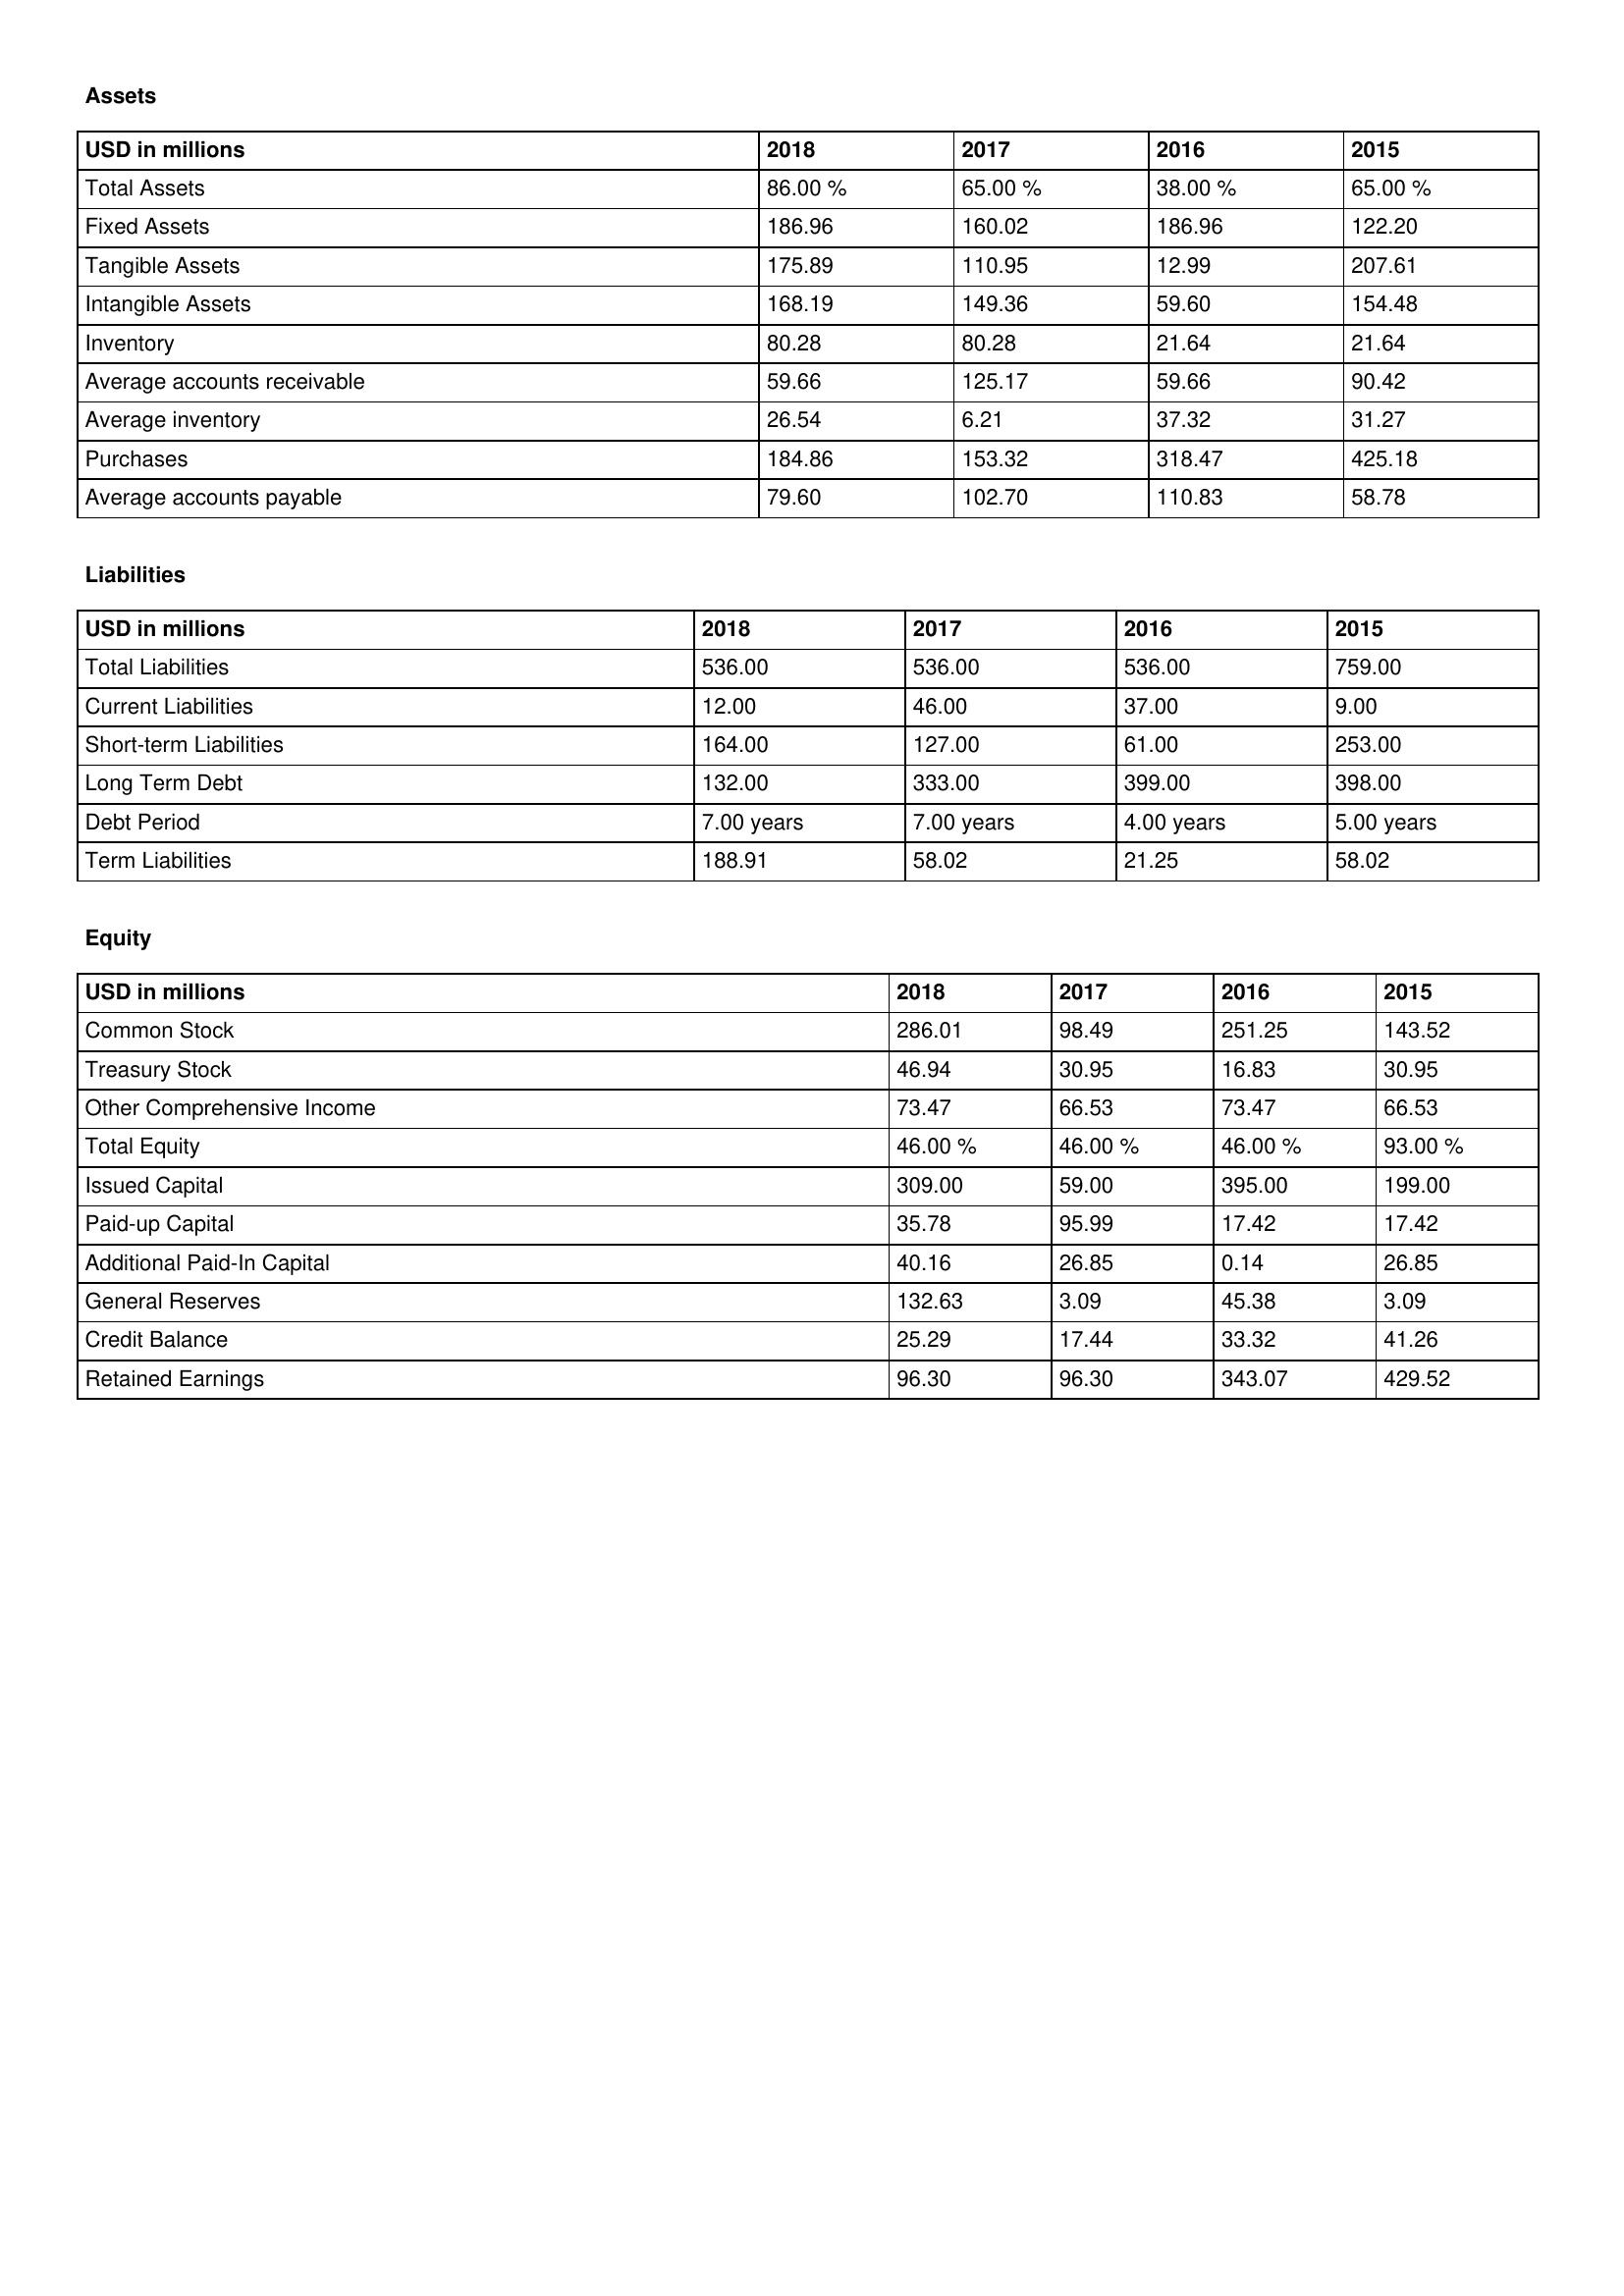
gt_parse: 2018: Assets: Total Assets: 86.00 %
Fixed Assets: 186.96
Tangible Assets: 175.89
Intangible Assets: 168.19
Inventory: 80.28
Average accounts receivable: 59.66
Average inventory: 26.54
Purchases: 184.86
Average accounts payable: 79.60
Liabilities: Total Liabilities: 536.00
Current Liabilities: 12.00
Short-term Liabilities: 164.00
Long Term Debt: 132.00
Debt Period: 7.00 years
Term Liabilities: 188.91
Equity: Common Stock: 286.01
Treasury Stock: 46.94
Other Comprehensive Income: 73.47
Total Equity: 46.00 %
Issued Capital: 309.00
Paid-up Capital: 35.78
Additional Paid-In Capital: 40.16
General Reserves: 132.63
Credit Balance: 25.29
Retained Earnings: 96.30
2017: Assets: Total Assets: 65.00 %
Fixed Assets: 160.02
Tangible Assets: 110.95
Intangible Assets: 149.36
Inventory: 80.28
Average accounts receivable: 125.17
Average inventory: 6.21
Purchases: 153.32
Average accounts payable: 102.70
Liabilities: Total Liabilities: 536.00
Current Liabilities: 46.00
Short-term Liabilities: 127.00
Long Term Debt: 333.00
Debt Period: 7.00 years
Term Liabilities: 58.02
Equity: Common Stock: 98.49
Treasury Stock: 30.95
Other Comprehensive Income: 66.53
Total Equity: 46.00 %
Issued Capital: 59.00
Paid-up Capital: 95.99
Additional Paid-In Capital: 26.85
General Reserves: 3.09
Credit Balance: 17.44
Retained Earnings: 96.30
2016: Assets: Total Assets: 38.00 %
Fixed Assets: 186.96
Tangible Assets: 12.99
Intangible Assets: 59.60
Inventory: 21.64
Average accounts receivable: 59.66
Average inventory: 37.32
Purchases: 318.47
Average accounts payable: 110.83
Liabilities: Total Liabilities: 536.00
Current Liabilities: 37.00
Short-term Liabilities: 61.00
Long Term Debt: 399.00
Debt Period: 4.00 years
Term Liabilities: 21.25
Equity: Common Stock: 251.25
Treasury Stock: 16.83
Other Comprehensive Income: 73.47
Total Equity: 46.00 %
Issued Capital: 395.00
Paid-up Capital: 17.42
Additional Paid-In Capital: 0.14
General Reserves: 45.38
Credit Balance: 33.32
Retained Earnings: 343.07
2015: Assets: Total Assets: 65.00 %
Fixed Assets: 122.20
Tangible Assets: 207.61
Intangible Assets: 154.48
Inventory: 21.64
Average accounts receivable: 90.42
Average inventory: 31.27
Purchases: 425.18
Average accounts payable: 58.78
Liabilities: Total Liabilities: 759.00
Current Liabilities: 9.00
Short-term Liabilities: 253.00
Long Term Debt: 398.00
Debt Period: 5.00 years
Term Liabilities: 58.02
Equity: Common Stock: 143.52
Treasury Stock: 30.95
Other Comprehensive Income: 66.53
Total Equity: 93.00 %
Issued Capital: 199.00
Paid-up Capital: 17.42
Additional Paid-In Capital: 26.85
General Reserves: 3.09
Credit Balance: 41.26
Retained Earnings: 429.52